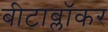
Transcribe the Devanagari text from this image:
बीटाब्लॉकर